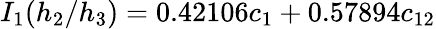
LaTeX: I_{1}(h_{2}/h_{3})=0.42106c_{1}+0.57894c_{12}